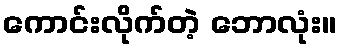
ကောင်းလိုက်တဲ့ ဘောလုံး။